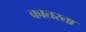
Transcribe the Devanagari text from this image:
कातरता